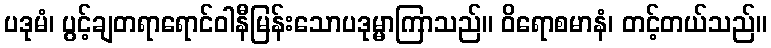
ပဒုမံ၊ ပွင့်ချတရာရောင်ဝါနီမြန်းသောပဒုမ္မာကြာသည်။ ဝိရောစမာနံ၊ တင့်တယ်သည်။